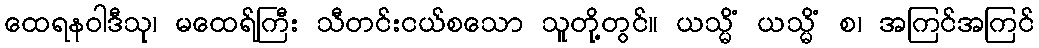
ထေရနဝါဒီသု၊ မထေရ်ကြီး သီတင်းငယ်စသော သူတို့တွင်။ ယသ္မိံ ယသ္မိံ စ၊ အကြင်အကြင်